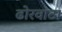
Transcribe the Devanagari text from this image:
ढोरवाटा